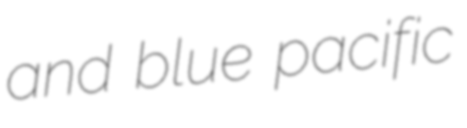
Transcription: and blue pacific